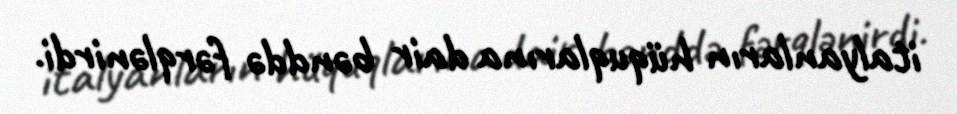
italyanların hüquqlarına dair bənddə fərqlənirdi.